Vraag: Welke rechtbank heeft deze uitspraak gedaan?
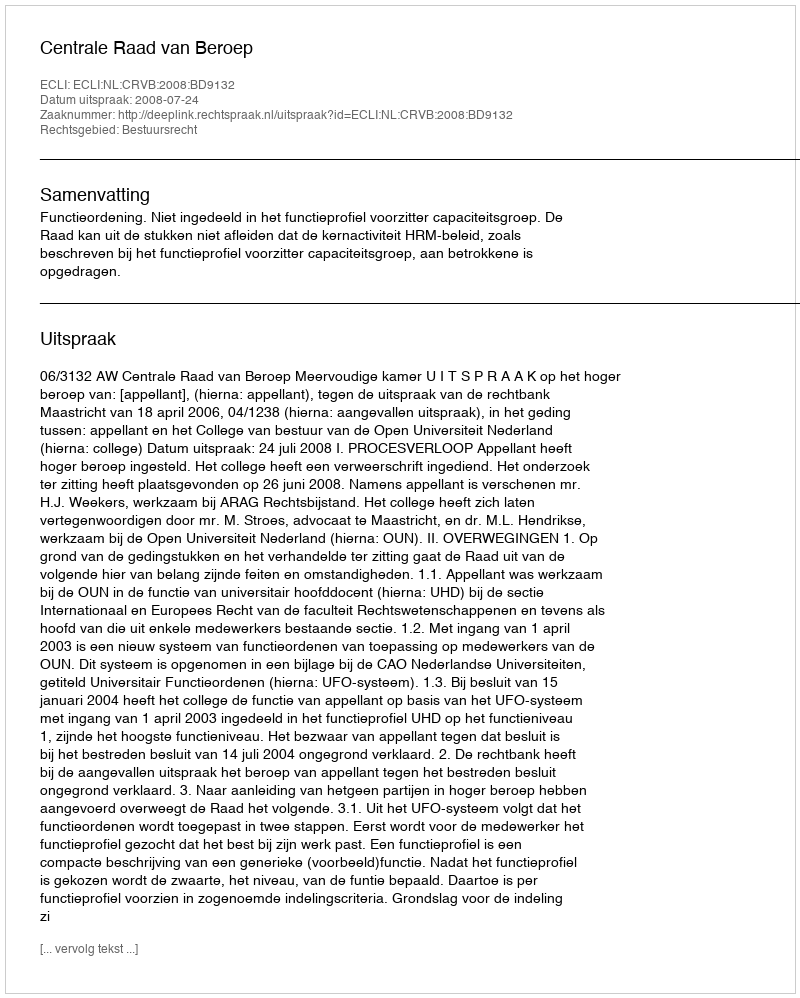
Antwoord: Centrale Raad van Beroep